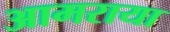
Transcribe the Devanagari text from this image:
आमराया